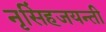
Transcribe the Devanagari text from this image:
नृसिंहजयन्ती